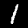
Digit: 1